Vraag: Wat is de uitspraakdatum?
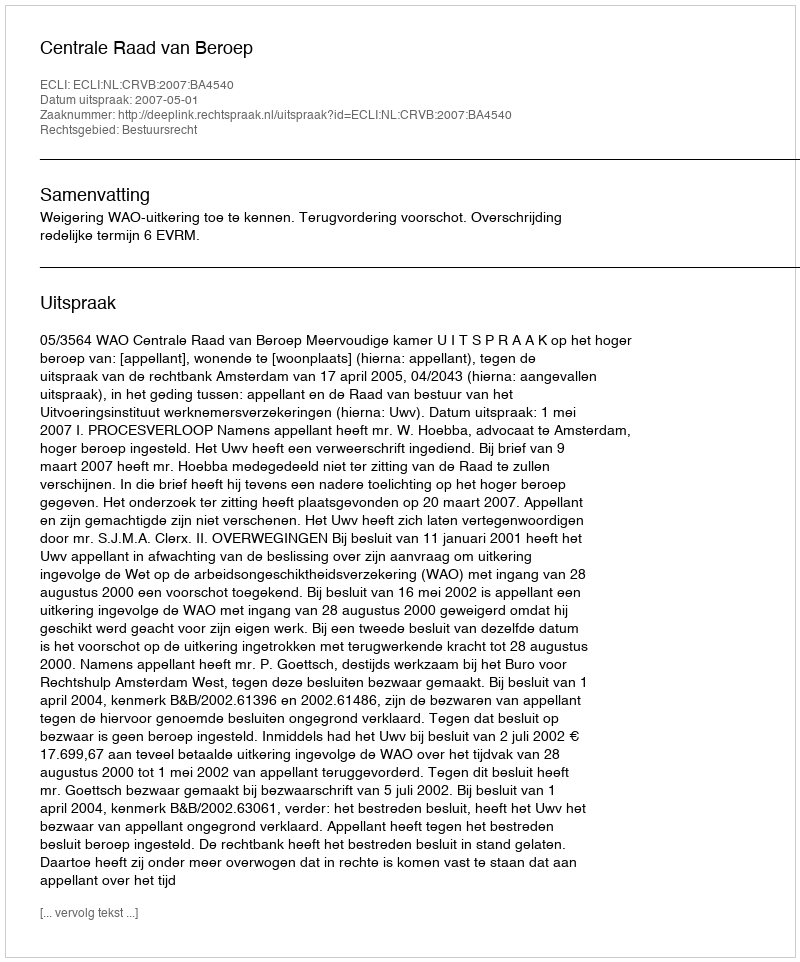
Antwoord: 2007-05-01